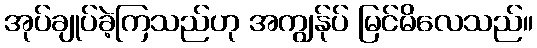
အုပ်ချုပ်ခဲ့ကြသည်ဟု အကျွန်ုပ် မြင်မိလေသည်။